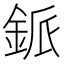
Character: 䤨